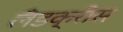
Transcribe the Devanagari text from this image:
लँडक्रीस